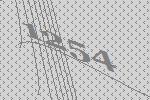
1254